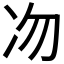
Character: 𠖳